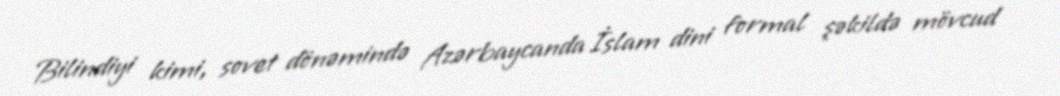
Bilindiyi kimi, sovet dönəmində Azərbaycanda İslam dini formal şəkildə mövcud